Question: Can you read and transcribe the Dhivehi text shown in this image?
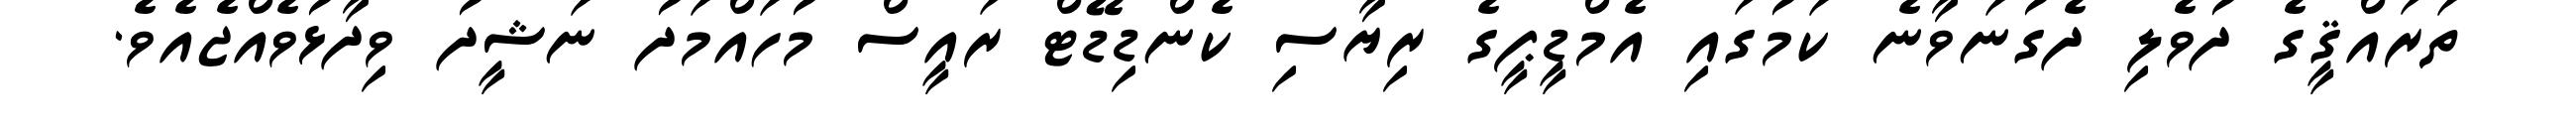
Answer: ތަރައްޤީގެ ދުވެލި ދެގުނަވާނެ ކަމުގައި އެމްޑީޕީގެ ރިޔާސި ކެންޑިޑޭޓް ރައީސް މުހައްމަދު ނަޝީދު ވިދާޅުވެއްޖެއެވެ.